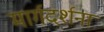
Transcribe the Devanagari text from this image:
मार्गदर्शना